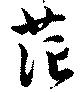
茫